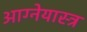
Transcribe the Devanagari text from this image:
आग्‍नेयास्‍त्र